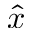
\hat { x }